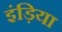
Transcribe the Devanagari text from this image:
इंड़िया